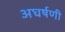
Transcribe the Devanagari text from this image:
अघर्षणी